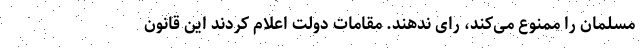
مسلمان را ممنوع می‌کند، رای ندهند. مقامات دولت اعلام کردند این قانون